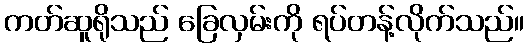
ကတ်ဆူရိုသည် ခြေလှမ်းကို ရပ်တန့်လိုက်သည်။